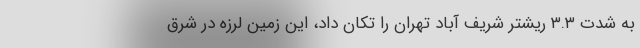
به شدت ۳.۳ ریشتر شریف آباد تهران را تکان داد، این زمین لرزه در شرق